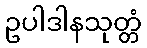
ဥပါဒါနသုတ္တံ